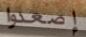
إصعدوا